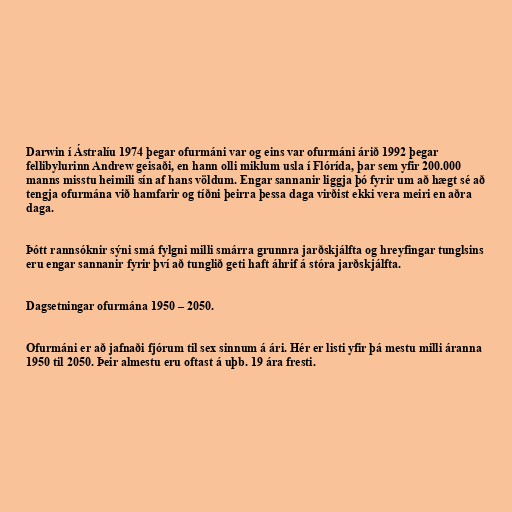
Darwin í Ástralíu 1974 þegar ofurmáni var og eins var ofurmáni árið 1992 þegar
fellibylurinn Andrew geisaði, en hann olli miklum usla í Flórída, þar sem yfir 200.000
manns misstu heimili sín af hans völdum. Engar sannanir liggja þó fyrir um að hægt sé að
tengja ofurmána við hamfarir og tíðni þeirra þessa daga virðist ekki vera meiri en aðra
daga.

Þótt rannsóknir sýni smá fylgni milli smárra grunnra jarðskjálfta og hreyfingar tunglsins
eru engar sannanir fyrir því að tunglið geti haft áhrif á stóra jarðskjálfta.

Dagsetningar ofurmána 1950 – 2050.

Ofurmáni er að jafnaði fjórum til sex sinnum á ári. Hér er listi yfir þá mestu milli áranna
1950 til 2050. Þeir almestu eru oftast á uþb. 19 ára fresti.